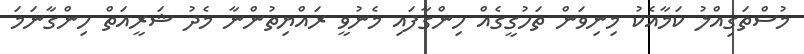
މުސްތަގިއްލު ކަމާއެކު މިނިވަން ތަހުގީގެއް ހިންގާފައި މެނުވީ ރައްޔިތުންނާ މެދު ޝަރީއަތް ހިންގާނަމަ